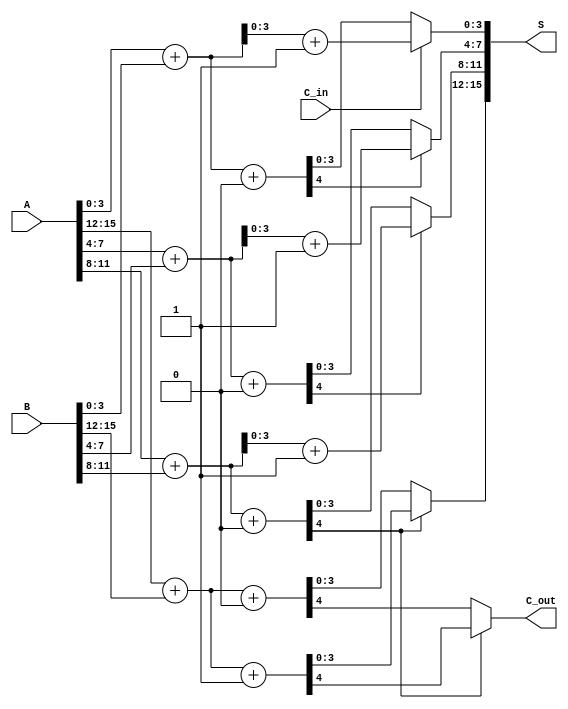
module CarrySelectAdder #(parameter N = 16) (
    input [N-1:0] A,        // First n-bit input
    input [N-1:0] B,        // Second n-bit input
    input C_in,             // Carry input
    output [N-1:0] S,       // n-bit sum output
    output C_out            // Carry output
);

    localparam BLOCK_SIZE = 4; // Size of each block
    localparam NUM_BLOCKS = N / BLOCK_SIZE; // Number of blocks

    wire [BLOCK_SIZE-1:0] sum0 [0:NUM_BLOCKS-1]; // Sums for C_in = 0
    wire [BLOCK_SIZE-1:0] sum1 [0:NUM_BLOCKS-1]; // Sums for C_in = 1
    wire C_out0 [0:NUM_BLOCKS-1]; // Carry outs for C_in = 0
    wire C_out1 [0:NUM_BLOCKS-1]; // Carry outs for C_in = 1
    wire C_select [0:NUM_BLOCKS-1]; // Carry select signals

    genvar i;
    generate
        for (i = 0; i < NUM_BLOCKS; i = i + 1) begin : block
            // Calculate the start and end indices for the current block
            wire [BLOCK_SIZE-1:0] A_block = A[(i+1)*BLOCK_SIZE-1 -: BLOCK_SIZE];
            wire [BLOCK_SIZE-1:0] B_block = B[(i+1)*BLOCK_SIZE-1 -: BLOCK_SIZE];

            // Instantiate two adders for each block
            // Adder for C_in = 0
            assign {C_out0[i], sum0[i]} = A_block + B_block + 1'b0;
            // Adder for C_in = 1
            assign {C_out1[i], sum1[i]} = A_block + B_block + 1'b1;

            // Select the carry output for the next block
            if (i == 0) begin
                assign C_select[i] = C_in; // For the first block, use the input carry
            end else begin
                assign C_select[i] = C_out0[i-1]; // Use the carry out from the previous block
            end
        end
    endgenerate

    // Final sum and carry output selection
    generate
        for (i = 0; i < NUM_BLOCKS; i = i + 1) begin : final_select
            assign S[(i+1)*BLOCK_SIZE-1 -: BLOCK_SIZE] = 
                C_select[i] ? sum1[i] : sum0[i];
            if (i == NUM_BLOCKS - 1) begin
                assign C_out = C_select[i] ? C_out1[i] : C_out0[i];
            end
        end
    endgenerate

endmodule